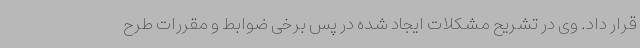
قرار داد. وی در تشریح مشکلات ایجاد شده در پس برخی ضوابط و مقررات طرح